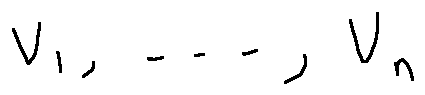
v _ { 1 } , \ldots , v _ { n }